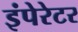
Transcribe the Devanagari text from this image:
इंपेरेटर